Indian journal of veterinary science and animal husbandry - Volume 8,
Year: 1938
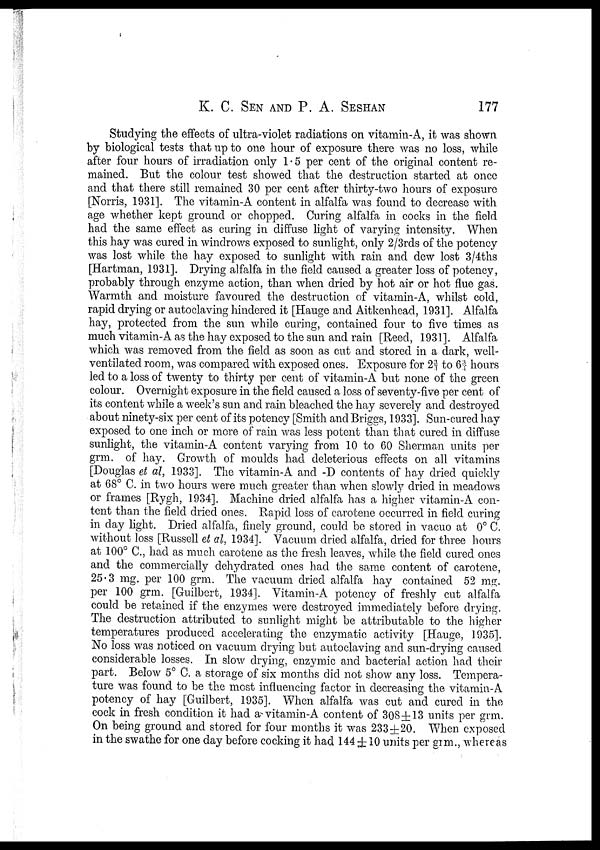
K. C. SEN AND P. A.
SESHAN
177
Studying the effects of ultra-violet radiations on vitamin-A, it was shown
by biological tests that up to one hour of exposure there was no loss, while
after four hours of irradiation only 1.5 per cent of the original content re-
mained. But the colour test showed that the destruction started at once
and that there still remained 30 per cent after thirty-two hours of exposure
[Norris, 1931]. The vitamin-A content in alfalfa was found to decrease with
age whether kept ground or chopped. Curing alfalfa in cocks in the field
had the same effect as curing in diffuse light of varying intensity. When
this hay was cured in windrows exposed to sunlight, only 2/3rds of the potency
was lost while the hay exposed to sunlight with rain and dew lost 3/4ths
[Hartman, 1931]. Drying alfalfa in the field caused a greater loss of potency,
probably through enzyme action, than when dried by hot air or hot flue gas.
Warmth and moisture favoured the destruction of vitamin-A, whilst cold,
rapid drying or autoclaving hindered it [Hauge and Aitkenhead, 1931]. Alfalfa
hay, protected from the sun while curing, contained four to five times as
much vitamin-A as the hay exposed to the sun and rain [Reed, 1931]. Alfalfa
which was removed from the field as soon as cut and stored in a dark, well-
ventilated room, was compared with exposed ones. Exposure for 2¾ to 6¾ hours
led to a loss of twenty to thirty per cent of vitamin-A but none of the green
colour. Overnight exposure in the field caused a loss of seventy-five per cent of
its content while a week's sun and rain bleached the hay severely and destroyed
about ninety-six per cent of its potency [Smith and Briggs, 1933]. Sun-cured hay
exposed to one inch or more of rain was less potent than that cured in diffuse
sunlight, the vitamin-A content varying from 10 to 60 Sherman units per
grm. of hay. Growth of moulds had deleterious effects on all vitamins
[Douglas et al, 1933]. The vitamin-A and -D contents of hay dried quickly
at 68° C. in two hours were much greater than when slowly dried in meadows
or frames [Rygh, 1934]. Machine dried alfalfa has a higher vitamin-A con-
tent than the field dried ones. Rapid loss of carotene occurred in field curing
in day light. Dried alfalfa, finely ground, could be stored in vacuo at 0° C.
without loss [Russell et al, 1934]. Vacuum dried alfalfa, dried for three hours
at 100° C., had as much carotene as the fresh leaves, while the field cured ones
and the commercially dehydrated ones had the same content of carotene,
25.3 mg. per 100 grm. The vacuum dried alfalfa hay contained 52 mg.
per 100 grm. [Guilbert, 1934]. Vitamin-A potency of freshly cut alfalfa
could be retained if the enzymes were destroyed immediately before drying.
The destruction attributed to sunlight might be attributable to the higher
temperatures produced accelerating the enzymatic activity [Hauge, 1935].
No loss was noticed on vacuum drying but autoclaving and sun-drying caused
considerable losses. In slow drying, enzymic and bacterial action had their
part. Below 5° C. a storage of six months did not show any loss. Tempera-
ture was found to be the most influencing factor in decreasing the vitamin-A
potency of hay [Guilbert, 1935]. When alfalfa was cut and cured in the
cock in fresh condition it had a vitamin-A content of 308±13 units per grm.
On being ground and stored for four months it was 233±20. When exposed
in the swathe for one day before cocking it had 144 ± 10 units per grm., whereas